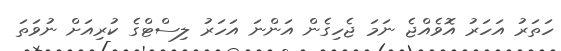
ހަތަރު އަހަރު އޮވެއްޖެ ނަމަ ޖެހިގެން އަންނަ އަހަރު ލިސްޓްގެ ކުރިއަށް ނުވަތަ